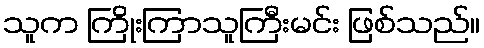
သူက ကြိုးကြာသူကြီးမင်း ဖြစ်သည်။